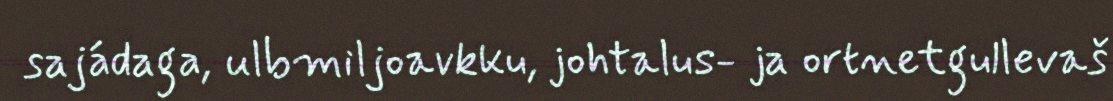
sajádaga, ulbmiljoavkku, johtalus- ja ortnetgullevaš